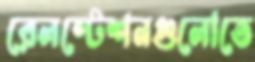
রেলস্টেশনগুলোতে